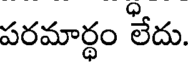
పరమార్ధం లేదు.